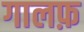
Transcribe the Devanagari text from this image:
गालफ़